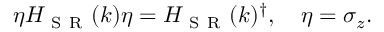
\eta H _ { \mathrm { ~ S ~ R ~ } } ( k ) \eta = H _ { \mathrm { ~ S ~ R ~ } } ( k ) ^ { \dagger } , \quad \eta = \sigma _ { z } .